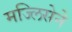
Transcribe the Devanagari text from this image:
मज्लिसेने